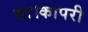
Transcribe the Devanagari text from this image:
था।कापरी